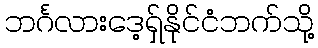
ဘင်္ဂလားဒေ့ရှ်နိုင်ငံဘက်သို့